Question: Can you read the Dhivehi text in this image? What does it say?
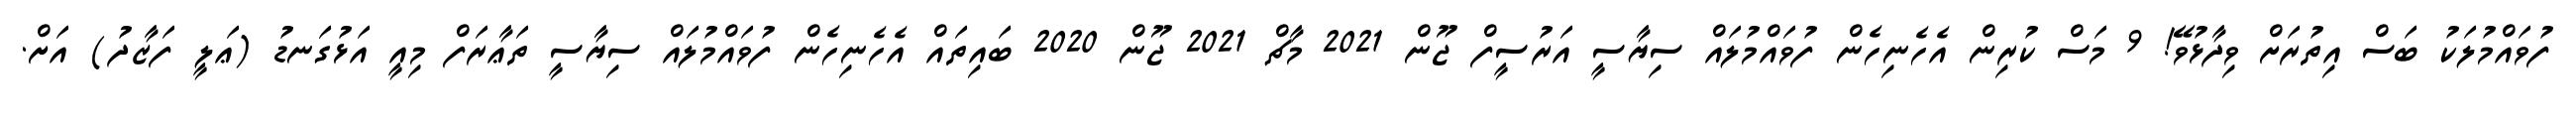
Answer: ފުވައްމުލަކު ބަސް އިތުރަށް ވިދާޅުވޭ! 9 މަސް ކުރިން އެހެނިހެން ފުވައްމުލައް ސިޔާސީ އަރުސީފް ޖޫން 2021 މާޗް 2021 ޖޫން 2020 ބައިތައް އެހެނިހެން ފުވައްމުލައް ސިޔާސީ ތަޢާރަފް މިއީ އަޅުގަނޑު (ޢަލީ ފަޒާދު) އަށް.